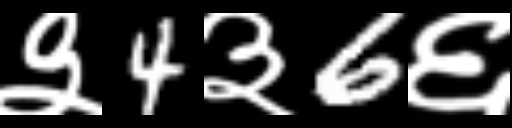
Text: ३4३6६